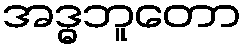
အဒ္ဓဘူတော